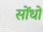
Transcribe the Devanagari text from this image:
सोंधो